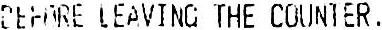
BEFORE LEAVING THE COUNTER.